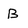
Character: B